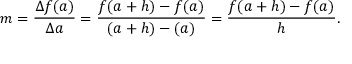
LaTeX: m = { \frac { \Delta f ( a ) } { \Delta a } } = { \frac { f ( a + h ) - f ( a ) } { ( a + h ) - ( a ) } } = { \frac { f ( a + h ) - f ( a ) } { h } } .